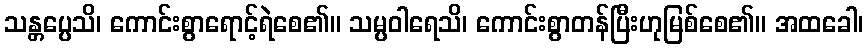
သန္တပ္ပေသိ၊ ကောင်းစွာရောင့်ရဲစေ၏။ သမ္ပဝါရေသိ၊ ကောင်းစွာတန်ပြီးဟုမြစ်စေ၏။ အထခေါ၊